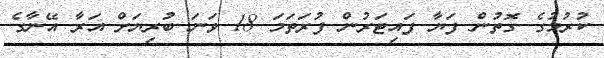
ކުރުމުގެ ގޮތުން ފަޔާ ފައިޓަރުން ފުރަތަމަ 18 ވަނަ ބުރިޔަށް އަރާ އޭނާގެ